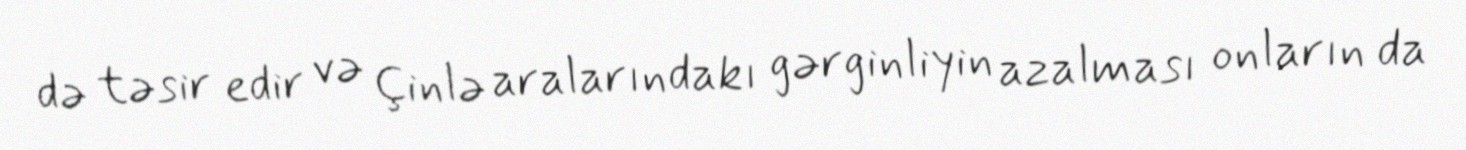
də təsir edir və Çinlə aralarındakı gərginliyin azalması onların da